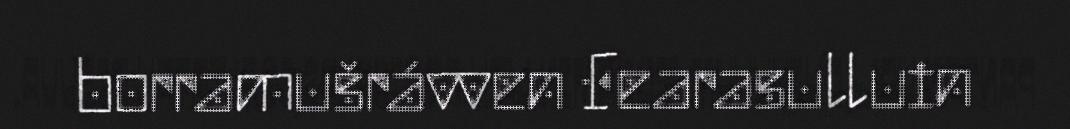
borramušrávven Fearasulluin